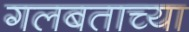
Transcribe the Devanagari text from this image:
गलबताच्या